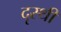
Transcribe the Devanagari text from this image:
दृस्थी